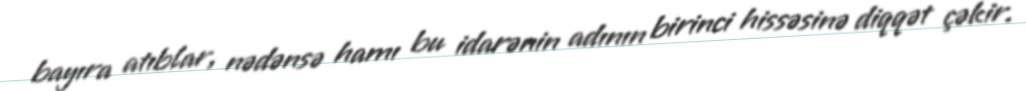
bayıra atıblar, nədənsə hamı bu idarənin adının birinci hissəsinə diqqət çəkir.